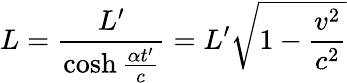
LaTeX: L={\frac{L^{\prime}}{\cosh{\frac{\alpha t^{\prime}}{c}}}}=L^{\prime}{\sqrt{1-{\frac{v^{2}}{c^{2}}}}}